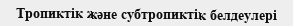
Тропиктік және субтропиктік белдеулері